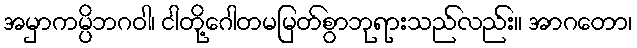
အမှာကမ္ပိဘဂဝါ၊ ငါတို့ဂေါတမမြတ်စွာဘုရားသည်လည်း။ အာဂတော၊